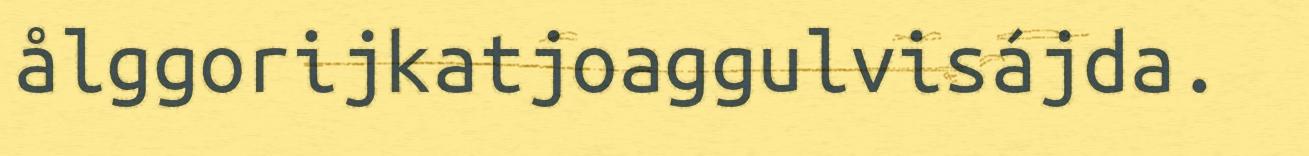
ålggorijkatjoaggulvisájda.